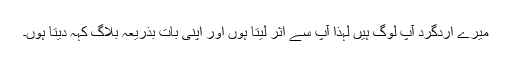
میرے اردگرد آپ لوگ ہیں لہٰذا آپ سے اثر لیتا ہوں اور اپنی بات بذریعہ بلاگ کہہ دیتا ہوں۔